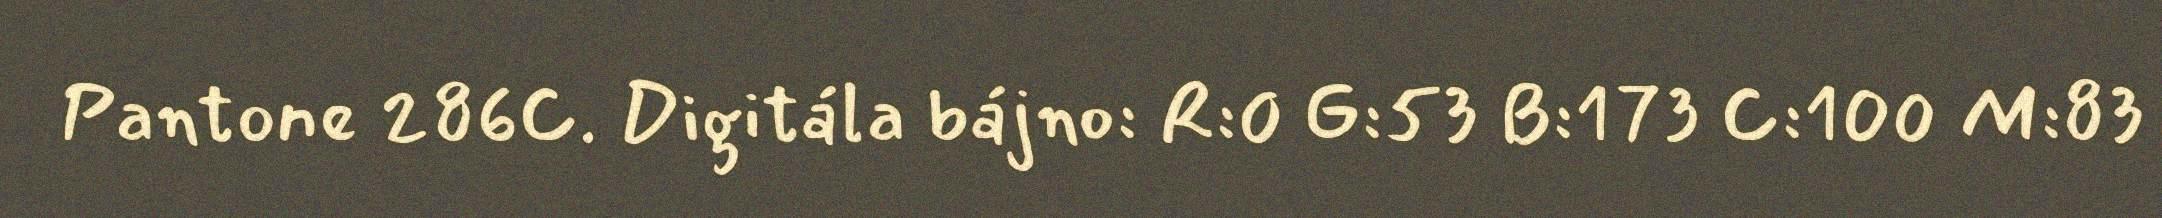
Pantone 286C. Digitála bájno: R:0 G:53 B:173 C:100 M:83